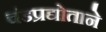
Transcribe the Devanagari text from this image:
चंडप्रद्योताने